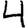
Digit: 4